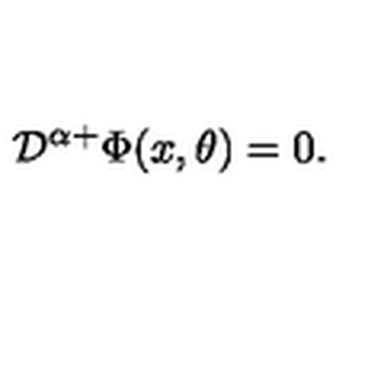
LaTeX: { \cal D } ^ { \alpha + } \Phi ( x , \theta ) = 0 .